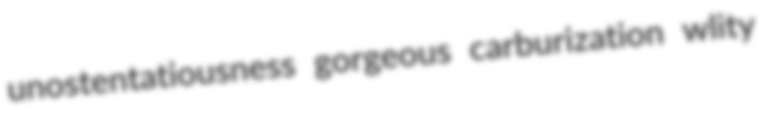
unostentatiousness gorgeous carburization wlity